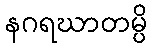
နဂရဃာတမ္ပိ